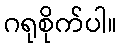
ဂရုစိုက်ပါ။